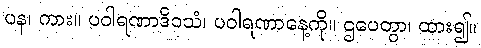
ပန၊ ကား။ ပဝါရဏာဒိဝသံ၊ ပဝါရဏာနေ့ကို။ ဌပေတွာ၊ ထား၍။